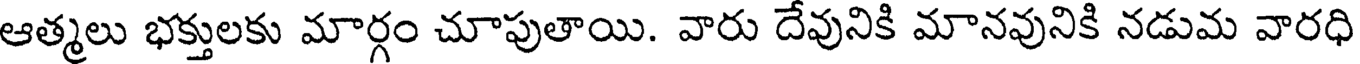
ఆత్మలు భక్తులకు మార్గం చూపుతాయి. వారు దేవునికి మానవునికి నడుమ వారధి